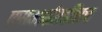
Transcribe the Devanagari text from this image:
एसआईएडीएच